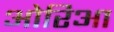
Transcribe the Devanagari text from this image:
ओरिआ